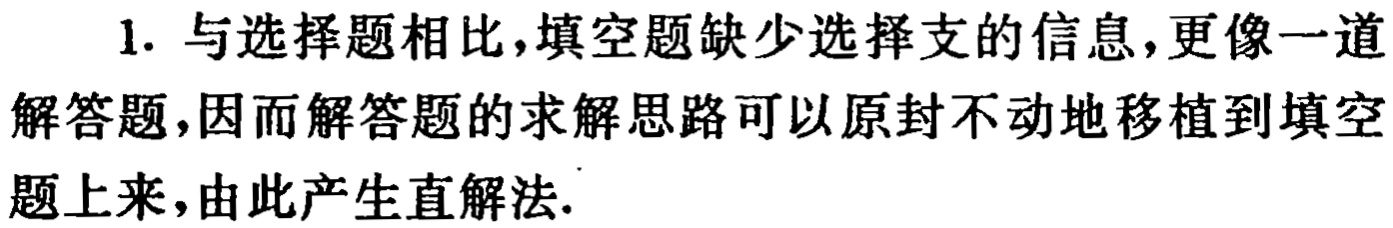
1. 与选择题相比，填空题缺少选择支的信息，更像一道解答题，因而解答题的求解思路可以原封不动地移植到填空题上来，由此产生直解法.